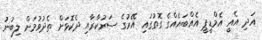
އަދި އެއީ އެމްޑީޕީ އެއްބައެއްގެ ގޮތުގައި އޭރުގެ ސަރުކާރާއި ދެކޮޅަށް ތެދުވުމަށް ލިބުނު